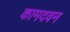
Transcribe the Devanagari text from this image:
कामदवन